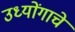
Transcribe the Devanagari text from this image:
उध्योंगाचे